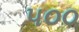
૫૦૦